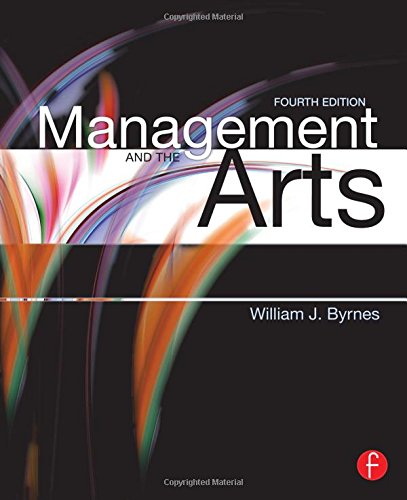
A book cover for Management and the Arts; William James Byrnes; Business & Money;